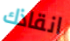
انقاذك